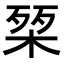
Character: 𭪴